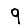
Digit: 9